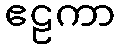
ဧဠကာ